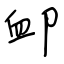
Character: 卹